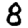
Digit: 8